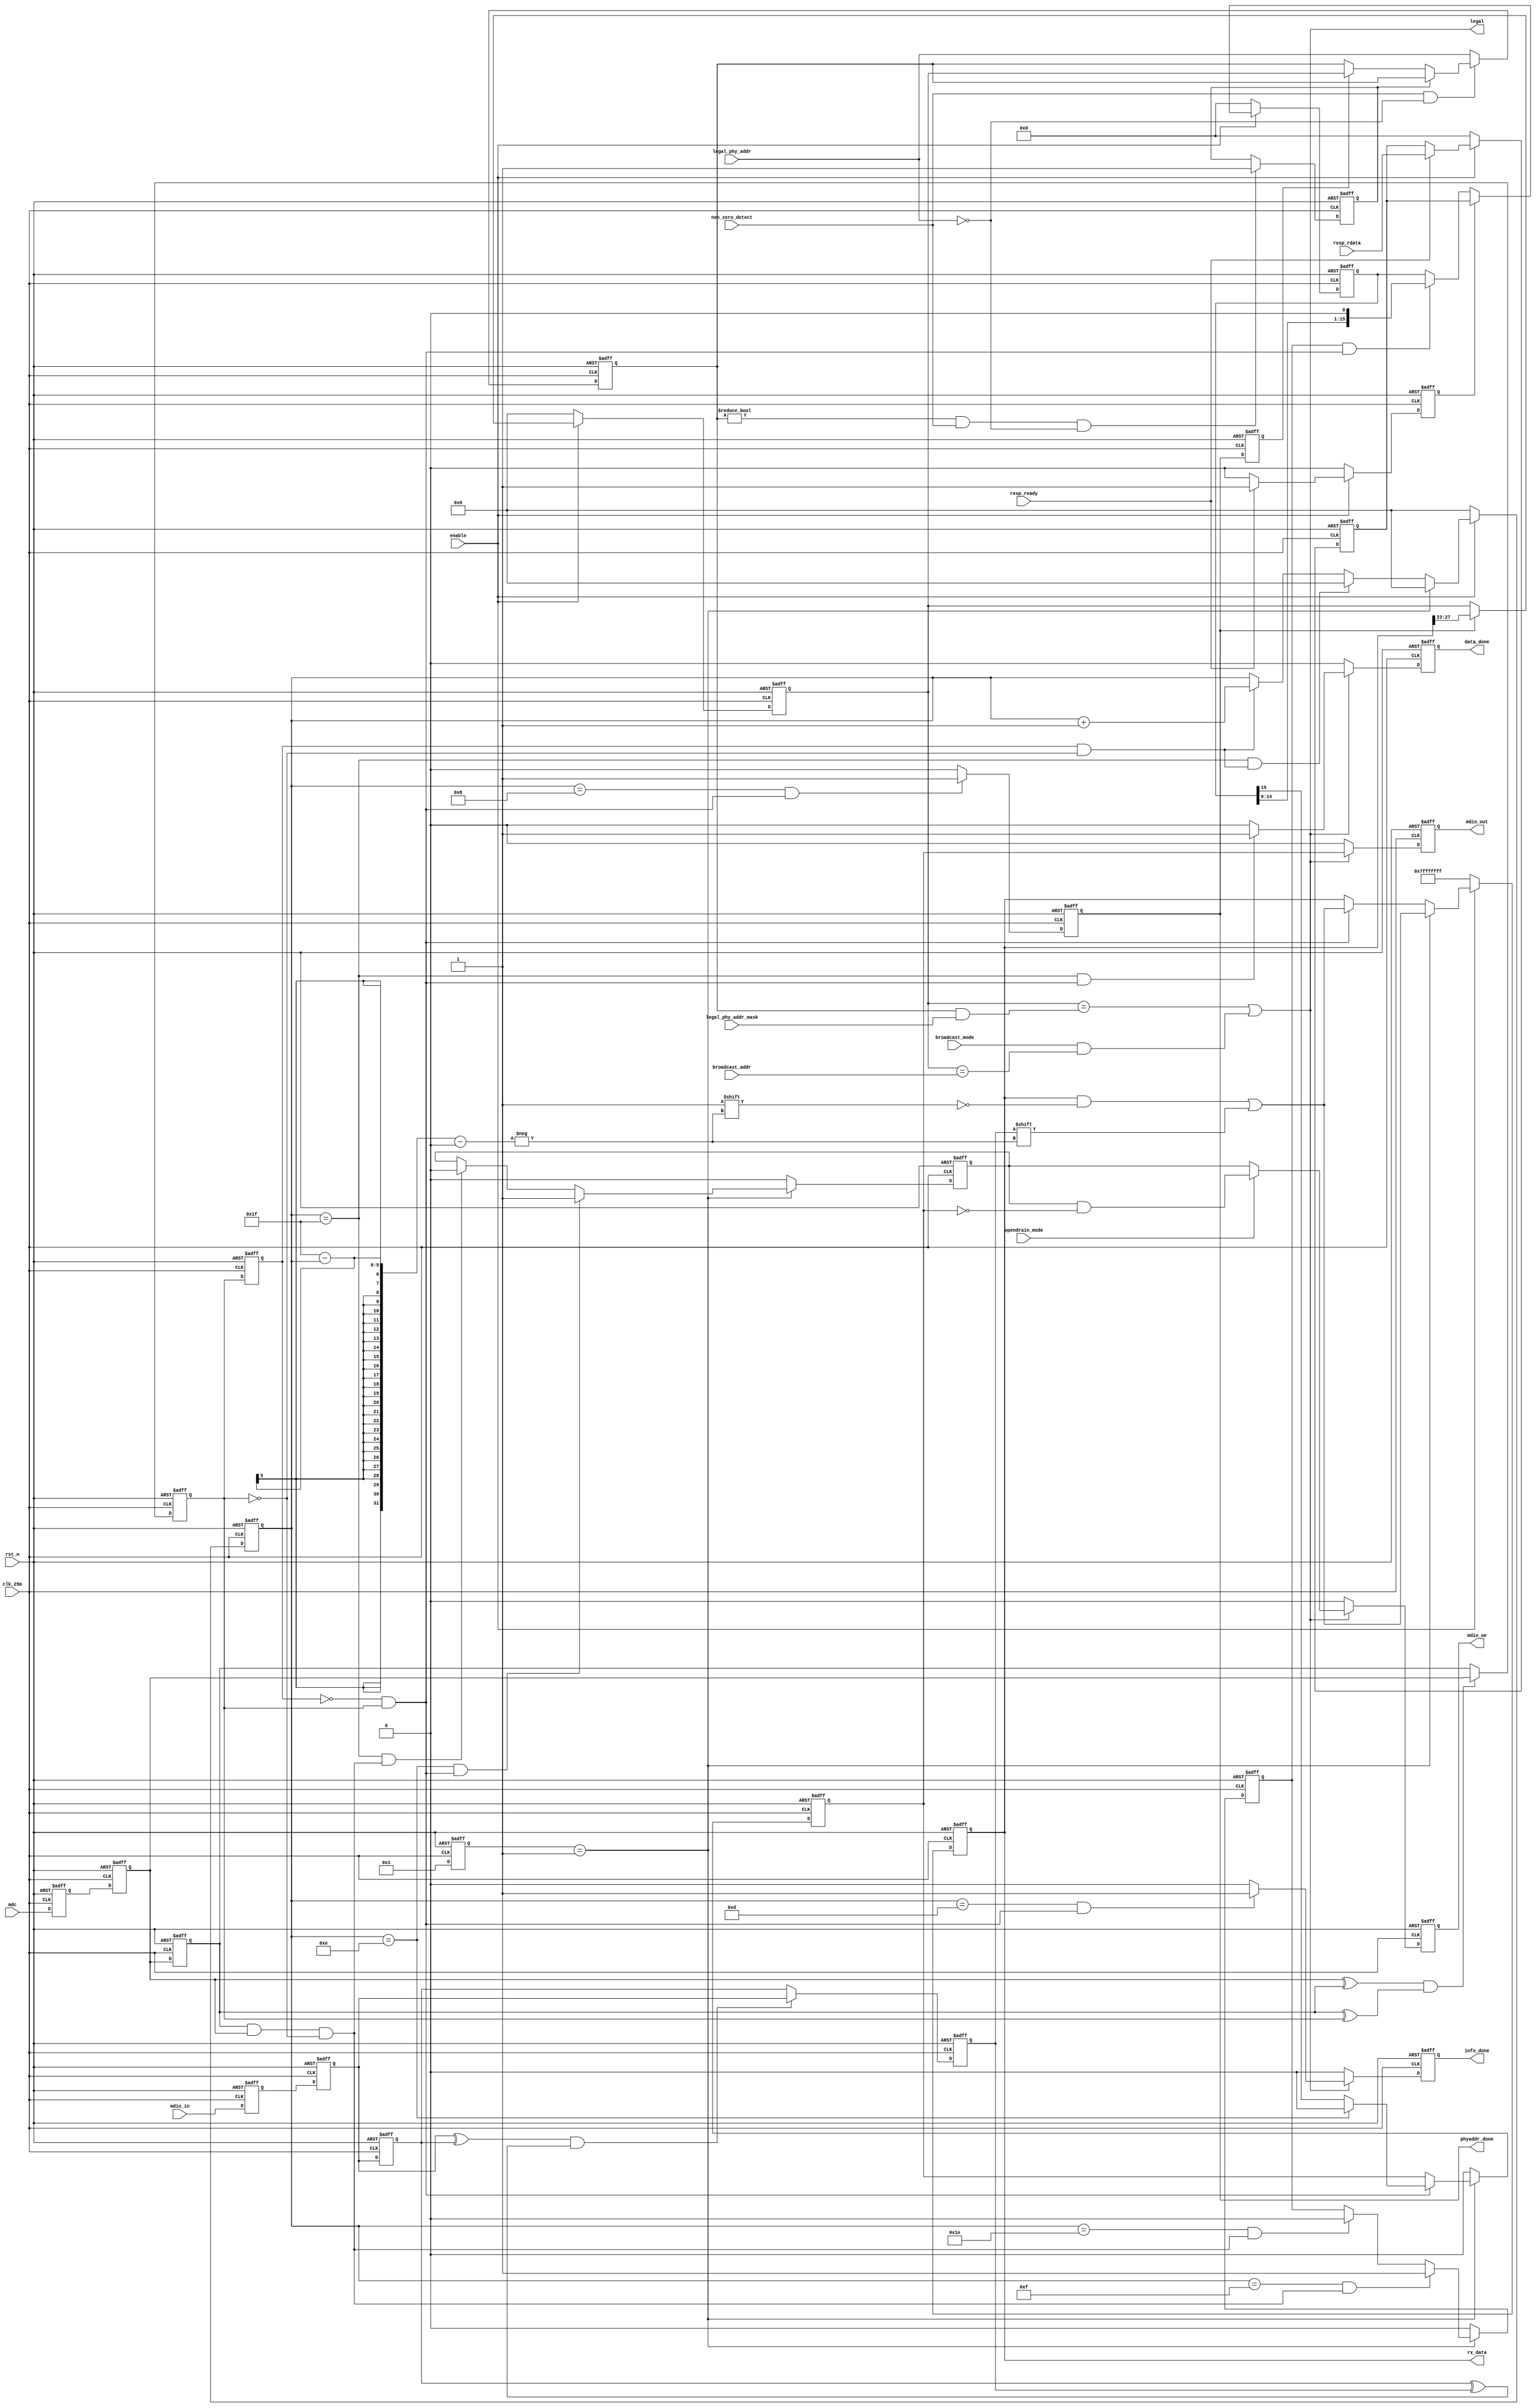
// ------------------------------------------------------------------------
//
//                     JLSemi
//                     Shanghai, China
//                     Name :
//                     Email:
//
// ------------------------------------------------------------------------
// ------------------------------------------------------------------------
//  Revision History:1.0
//  Date          By            Revision    Change Description
//-------------------------------------------------------------------------
//  2024-02-08                  1.0         mdio_slave_22_45_frontend_async
// ------------------------------------------------------------------------
// ------------------------------------------------------------------------
`timescale 1ns/1ns
module mdio_slave_22_45_frontend_async
(
    input   wire            clk_25m,            // work clock
    input   wire            rst_n,

    input   wire            mdio_in,
    input   wire            mdc,                // at most 2.5M, didn't support fast clock
    output  reg             mdio_out,
    output  reg             mdio_oe,            // if high, write rdata_mem to mdio

    input   wire    [4 :0]  legal_phy_addr,     // pin input
    input   wire    [4 :0]  legal_phy_addr_mask,
    input   wire    [4 :0]  broadcast_addr,
    input   wire            broadcast_mode,
    input   wire            non_zero_detect,
    input   wire            opendrain_mode,
    input   wire            enable,

    input   wire    [15:0]  resp_rdata,
    input   wire            resp_ready,
    output  wire            legal,
    output  reg     [31:0]  rx_data,
    output  reg             info_done,
    output  reg             data_done,
    output  reg             phyaddr_done

);

    localparam  IDLE = 4'b0001,
                ST   = 4'b0001,
                RX   = 4'b0001,
                TX   = 4'b0001;

    reg [3:0]   state;
    reg [3:0]   next_state;

    reg [4:0]   count;

    /* -----------------------------
     CDC input && glitch shield
     ---------------------------- */
    reg	        mdio_cdc_out_0;
    reg         mdio_cdc_out;

    reg	        mdc_cdc_out_0;
    reg	        mdc_cdc_out;

    reg         mdio_cdc_r;
    reg         mdc_cdc_r;

    reg         mdio_filted;
    reg         mdc_filted;

    reg         mdc_filted_r;

    reg         mdio_neg_flag;

    always@(posedge clk_25m or negedge rst_n)
    begin
    	if (!rst_n) begin
    		mdio_cdc_out_0  <= 1'b1;
    		mdio_cdc_out    <= 1'b1;
    	end
    	else begin
    		mdio_cdc_out_0  <= mdio_in;
    		mdio_cdc_out    <= mdio_cdc_out_0;
    	end
    end

    always@(posedge clk_25m or negedge rst_n)
    begin
    	if (!rst_n) begin
    		mdc_cdc_out_0  <= 1'b1;
    		mdc_cdc_out    <= 1'b1;
    	end
    	else begin
    		mdc_cdc_out_0  <= mdc;
    		mdc_cdc_out    <= mdc_cdc_out_0;
    	end
    end

    always@(posedge clk_25m or negedge rst_n)
    begin
    	if (!rst_n) begin
    		mdio_cdc_r  <= 1'b1;
    		mdc_cdc_r   <= 1'b0;
    	end
    	else begin
    		mdio_cdc_r  <= mdio_cdc_out;
    		mdc_cdc_r   <= mdc_cdc_out;
    	end
    end

    always @(posedge clk_25m or negedge rst_n)
    begin
        if (!rst_n)
            mdio_filted <= 1'b1;
        else if ((mdio_cdc_out ^ mdio_cdc_r) && (mdio_cdc_r ^ mdio_filted))
            mdio_filted <= mdio_cdc_out;
    
        else
            mdio_filted <= mdio_cdc_r;
    end
    
    always @(posedge clk_25m or negedge rst_n)
    begin
        if (!rst_n)
            mdc_filted <= 1'b1;
        else if ((mdc_cdc_out ^ mdc_cdc_r) && (mdc_cdc_r ^ mdc_filted))
            mdc_filted <= mdc_cdc_out;
    
        else
            mdc_filted <= mdc_cdc_r;
    end

    always @(posedge clk_25m or negedge rst_n)
    begin
        if (!rst_n)
            mdc_filted_r <= 1'b0;
        else
            mdc_filted_r <= mdc_filted;
    end

    wire    mdc_pos;
    wire    mdc_neg;
    wire    mdc_pos_pre;

    assign mdc_pos = ~mdc_filted_r && mdc_filted;
    assign mdc_neg = mdc_filted_r && ~mdc_filted;
    assign mdc_pos_pre = mdc_cdc_r && mdc_cdc_out && ~mdc_filted;

    /* ---------------------------------------------
     avoid situation which mdio remains 0 when IDLE
     --------------------------------------------- */
    always @(posedge clk_25m or negedge rst_n)
    begin
        if (!rst_n)
            mdio_neg_flag <= 1'b0;
        else if (!enable)
            mdio_neg_flag <= 1'b0;
        else if (state != IDLE)
            mdio_neg_flag <= 1'b0;
        else if (mdio_cdc_r && mdio_cdc_out && ~mdio_filted)
            mdio_neg_flag <= 1'b0;
        else if ((~mdio_cdc_r) && (~mdio_cdc_out) && mdio_filted)
            mdio_neg_flag <= 1'b1;
        else
            mdio_neg_flag <= mdio_neg_flag;
    end

    /* ---------------------------
     backend interaction 
    ---------------------------- */
    always @(posedge clk_25m or negedge rst_n)
    begin
        if (!rst_n)
            count <= 5'd0;
        else if (!enable)
            count <= 5'd0;
        else if (state == IDLE)
            count <= 5'd0;
        else if (count == 5'd31 && mdc_neg)
            count <= 5'd0;
        else if (mdc_neg)
            count <= count + 1'd1;
    end

    always @(posedge clk_25m or negedge rst_n)
    begin
        if (!rst_n)
            rx_data <= 32'h7fff_ffff;
        else if (!enable)
            rx_data <= 32'h7fff_ffff;
        else if (state == IDLE) begin
            if (next_state == ST)
                rx_data[31-count] <= mdio_filted;
            else
                rx_data <= 32'h7fff_ffff;
        end
        else if (mdc_pos)
            rx_data[31-count] <= mdio_filted;
    end

    reg [15:0]  rdata;
    reg         rdata_ready;
    reg [15:0]  tx_data;
    reg         mdio_oe_tmp;
    reg         mdio_out_tmp;

    always @(posedge clk_25m or negedge rst_n)
    begin
        if (!rst_n) begin
            rdata       <= 16'b0;
            rdata_ready <= 1'b0;
        end
        else if (!enable) begin
            rdata       <= 16'b0;
            rdata_ready <= 1'b0;
        end
        else if (resp_ready) begin
            rdata       <= resp_rdata;
            rdata_ready <= 1'b1;
        end
        else begin
            rdata_ready <= 1'b0;
        end
    end

    /* ---------------------------
     phy addr control
    ---------------------------- */
    reg [4:0]   true_legal_phy_addr;
    reg         latch_done;
    reg [4:0]   phy_addr;
    reg         phyaddr_done_r;

    always @(posedge clk_25m or negedge rst_n)
    begin
        if (!rst_n)
            phy_addr <= 5'b0;
        else if (!enable)
            phy_addr <= 5'b0;
        else if (phyaddr_done)
            phy_addr <= rx_data[27:23];
        else
            phy_addr <= phy_addr;
    end

    always @(posedge clk_25m or negedge rst_n)
    begin
        if (!rst_n)
            phyaddr_done_r <= 1'b0;
        else
            phyaddr_done_r <= phyaddr_done;
    end

    // broadcast mode
    assign legal = (phy_addr == (true_legal_phy_addr & legal_phy_addr_mask)) || (broadcast_mode && (phy_addr == broadcast_addr));

    // non zero detection
    always @(posedge clk_25m or negedge rst_n)
    begin
        if (!rst_n)
            true_legal_phy_addr     <= 'b0;
        else if (non_zero_detect && legal_phy_addr == 5'b0) begin
            if (latch_done)
                true_legal_phy_addr <= true_legal_phy_addr;
            else if (phyaddr_done_r)
                true_legal_phy_addr <= phy_addr;
        end
        else
            true_legal_phy_addr     <= legal_phy_addr;
    end

    always @(posedge clk_25m or negedge rst_n)
    begin
        if (!rst_n)
            latch_done <= 1'b0;
        else if ((true_legal_phy_addr != 5'b0) && non_zero_detect && (legal_phy_addr == 5'b0))
            latch_done <= 1'b1;
    end

    /* ---------------------------
     FSM for MDIO TX & RX
    ---------------------------- */
    always @(posedge clk_25m or negedge rst_n)
    begin
        if (!rst_n)
            state <= IDLE;
        else if (!enable)
            state <= IDLE;
        else
            state <= next_state;
    end

    always @(*)
    begin
        case (state)
            IDLE:
                if (mdio_neg_flag && mdc_pos_pre)
                    next_state = ST;
                else
                    next_state = IDLE;
            ST:
                if (count == 5'd9 && mdc_neg)
                    next_state = RX;
                else
                    next_state = ST;
            RX:
                if (count == 5'd14 && rx_data[29] && legal)
                    next_state = TX;
                else if (count == 5'd0 && mdc_pos) begin
                    if (mdio_filted)
                        next_state = IDLE;
                    else
                        next_state = RX; //preamble suppression
                end
                else
                    next_state = RX;
            TX:
                if (count == 5'd0 && mdc_pos) begin
                    if (mdio_filted)
                        next_state = IDLE;
                    else
                        next_state = ST; //preamble suppression
                end
                else
                    next_state = TX;
            default: next_state = IDLE;
        endcase
    end

    always @(posedge clk_25m or negedge rst_n)
    begin
        if (!rst_n)
            phyaddr_done <= 1'b0;
        else if (count == 5'd8 && mdc_pos)
            phyaddr_done <= 1'b1;
        else
            phyaddr_done <= 1'b0;
    end

    always @(posedge clk_25m or negedge rst_n)
    begin
        if (!rst_n)
            info_done <= 1'b0;
        else if (!legal)
            info_done <= 1'b0;
        else if (count == 5'd13 && mdc_pos)
            info_done <= 1'b1;
        else
            info_done <= 1'b0;
    end

    always @(posedge clk_25m or negedge rst_n)
    begin
        if (!rst_n)
            data_done <= 1'b0;
        else if (!legal)
            data_done <= 1'b0;
        else if (count == 5'd31 && mdc_pos)
            data_done <= 1'b1;
        else
            data_done <= 1'b0;
    end

    reg shift_en;

    always @(posedge clk_25m or negedge rst_n)
    begin
        if (!rst_n)
            tx_data <= 16'b0;
        else if (!enable)
            tx_data <= 16'b0;
        else if (rdata_ready)
            tx_data <= rdata;
        else if (shift_en && mdc_pos)
            tx_data <= tx_data << 1;
        else
            tx_data <= tx_data;
    end

    always @(posedge clk_25m or negedge rst_n)
    begin
        if (!rst_n)
            shift_en <= 1'b0;
        else if (state == TX) begin
            if (count == 5'd15 && mdc_pos_pre)
                shift_en <= 1'b1;
            else if (count == 5'd30 && mdc_pos_pre)
                shift_en <= 1'b0;
        end
        else
            shift_en <= 1'b0;
    end

    always @(posedge clk_25m or negedge rst_n)
    begin
        if (!rst_n)
            mdio_oe_tmp <= 1'b0;
        else if (state == TX) begin
            if (count == 5'd14 && mdc_pos)
                mdio_oe_tmp <= 1'b1;
            else if (count == 5'd31 && mdc_pos_pre)
                mdio_oe_tmp <= 1'b0;
            else
                mdio_oe_tmp <= mdio_oe_tmp;
        end
        else
            mdio_oe_tmp <= 1'b0;
    end

    always @(posedge clk_25m or negedge rst_n)
    begin
        if (!rst_n)
            mdio_out_tmp <= 1'b0;
        else if (state == TX) begin
            if (mdc_pos) begin
                if (count == 'd14)
                    mdio_out_tmp <= 1'b0;
                else
                    mdio_out_tmp <= tx_data[15];
            end
        end
        else
            mdio_out_tmp <= 1'b0;
    end

    always @(posedge clk_25m or negedge rst_n)
    begin
        if (!rst_n)
            mdio_oe <= 1'b0;
        else if (!legal)
            mdio_oe <= 1'b0;
        else if (opendrain_mode)
            mdio_oe <= mdio_oe_tmp & ~mdio_out_tmp;
        else
            mdio_oe <= mdio_oe_tmp;
    end

    always @(posedge clk_25m or negedge rst_n)
    begin
        if (!rst_n)
            mdio_out <= 1'b0;
        else if (!legal)
            mdio_out <= 1'b0;
        else
            mdio_out <= mdio_out_tmp;
    end

endmodule